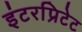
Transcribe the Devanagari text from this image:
इंटरप्रिटेट